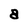
Character: a